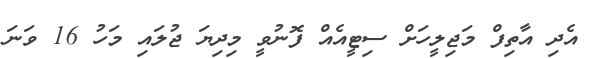
އެދި އާތިފް މަޖިލީހަށް ސިޓީއެއް ފޮނުވީ މިދިޔަ ޖުލައި މަހު 16 ވަނަ